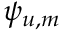
\psi _ { u , m }